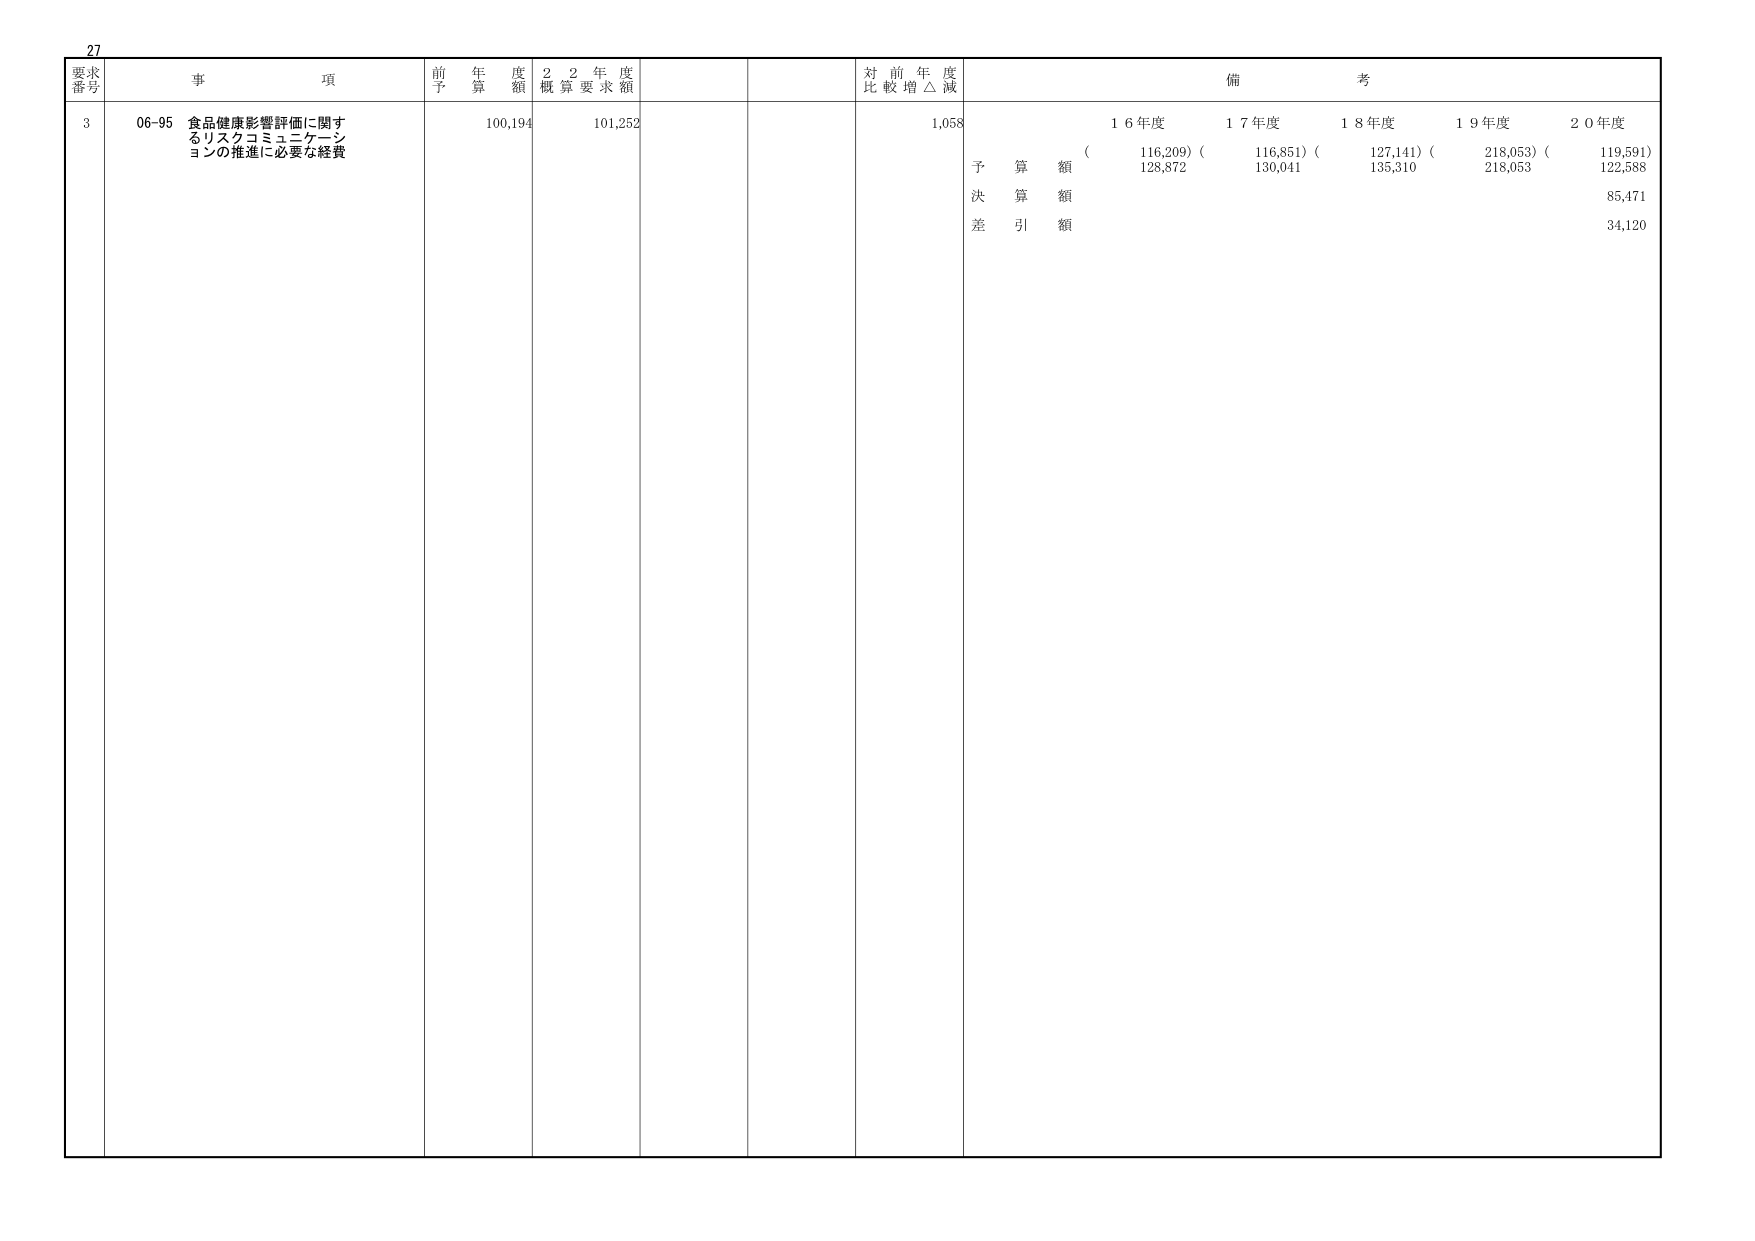
27
要求
番号
事 項
前 年 度 額
2 2 年 度
概 算 要 求 額
対 前 年 度
比 較 増 △ 減
備 考
3
06-95 食品健康影響評価に関する
リスクコミュニケーション
の推進に必要な経費
100,194
101,252
1,058
1 6 年度
1 7 年度
1 8 年度
1 9 年度
2 0 年度
予 算 額
( 116,209) ( 116,851) ( 127,141) ( 218,053) ( 119,591)
128,872
130,041
135,310
218,053
122,588
決 算 額
85,471
差 引 額
34,120